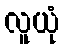
လူယုံ